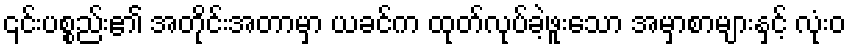
၎င်းပစ္စည်း၏ အတိုင်းအတာမှာ ယခင်က ထုတ်လုပ်ခဲ့ဖူးသော အမှာစာများနှင့် လုံးဝ